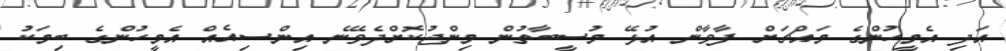
އަދި އެމީހުންގެ މައްޗަށް ފާވާން އުޅޭ މުސީބާތުން މިންޖުކޮށްދެވޭނެ އިންސިއެއް އެމީހުންގެ ބިމަކު